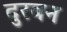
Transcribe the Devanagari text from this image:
दुरबन